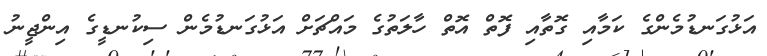
އަޅުގަނޑުމެންގެ ކަމާއި ގޮތާއި ފޮތް އޮތް ހާލަތުގެ މައްޗަށް އަޅުގަނޑުމެން ސިކުނޑީގެ އިންޖީނު